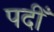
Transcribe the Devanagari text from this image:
पदीँ